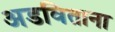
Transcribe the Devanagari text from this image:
अडविताना